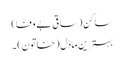
ساکن (ساقی بے وفا)
بہترین ماڈل (خاتون) ۔